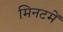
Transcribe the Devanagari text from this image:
मिनटमें